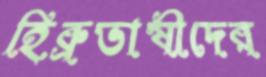
হিব্রুভাষীদের